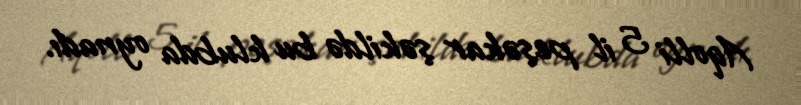
Aqolli 5 il peşəkar şəkildə bu klubda oynadı.